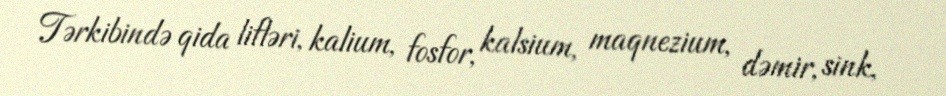
Tərkibində qida lifləri, kalium, fosfor, kalsium, maqnezium, dəmir, sink,